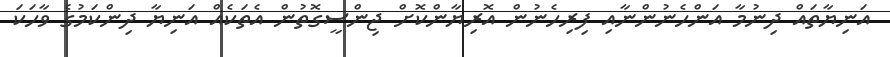
އަނިޔާތައް ދިނުމާ އަންހެނުންނާއި ފިރިހެނުން އޮރިޔާންކޮށް ޖިންސީގޮތުން އެތަކެއް އަނިޔާ ދިންކަމުގެ ވާހަކަ